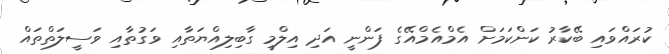
ކުރައްވައި ބޭކާރު ކަންކަމަށް އެމްއެމްއޭގެ ފަންނީ އަދި އިލްމީ ގާބިލިއްޔަތާއި ވަގުތާއި ވަސީލަތްތައް